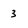
Character: 3